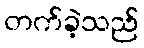
တက်ခဲ့သည်